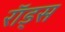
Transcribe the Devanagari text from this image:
राॅड्स